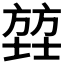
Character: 𫯄